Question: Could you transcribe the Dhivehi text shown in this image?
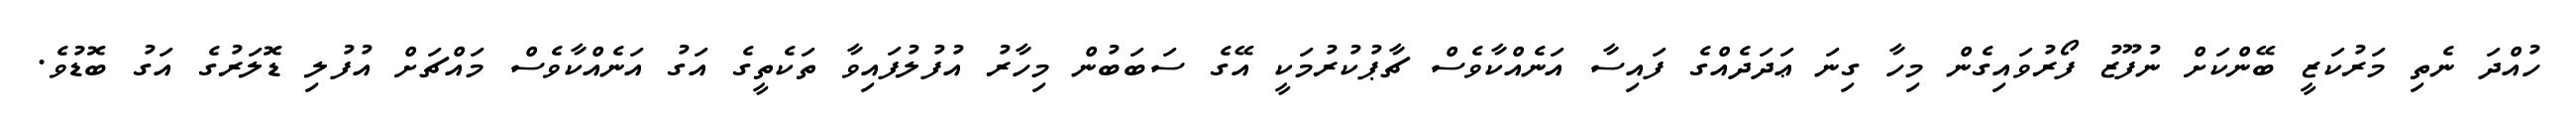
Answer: ހުއްދަ ނެތި މަރުކަޒީ ބޭންކަށް ނުފޫޒު ފޯރުވައިގެން މިހާ ގިނަ ޢަދަދެއްގެ ފައިސާ އަނެއްކާވެސް ޗާޕުކުރުމަކީ އޭގެ ސަބަބުން މިހާރު އުފުލުފައިވާ ތަކެތީގެ އަގު އަނެއްކާވެސް މައްޗަށް އުފުލި ޑޮލަރުގެ އަގު ބޮޑުވެ.